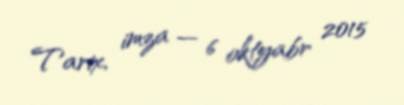
Tarix, imza — 6 oktyabr 2015